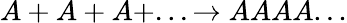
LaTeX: A+A+A+...\rightarrow AAAA...